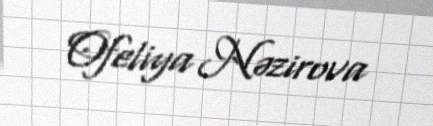
Ofeliya Nəzirova